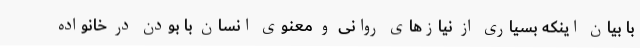
با بیان اینکه بسیاری از نیازهای روانی و معنوی انسان با بودن در خانواده